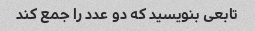
تابعی بنویسید که دو عدد را جمع کند